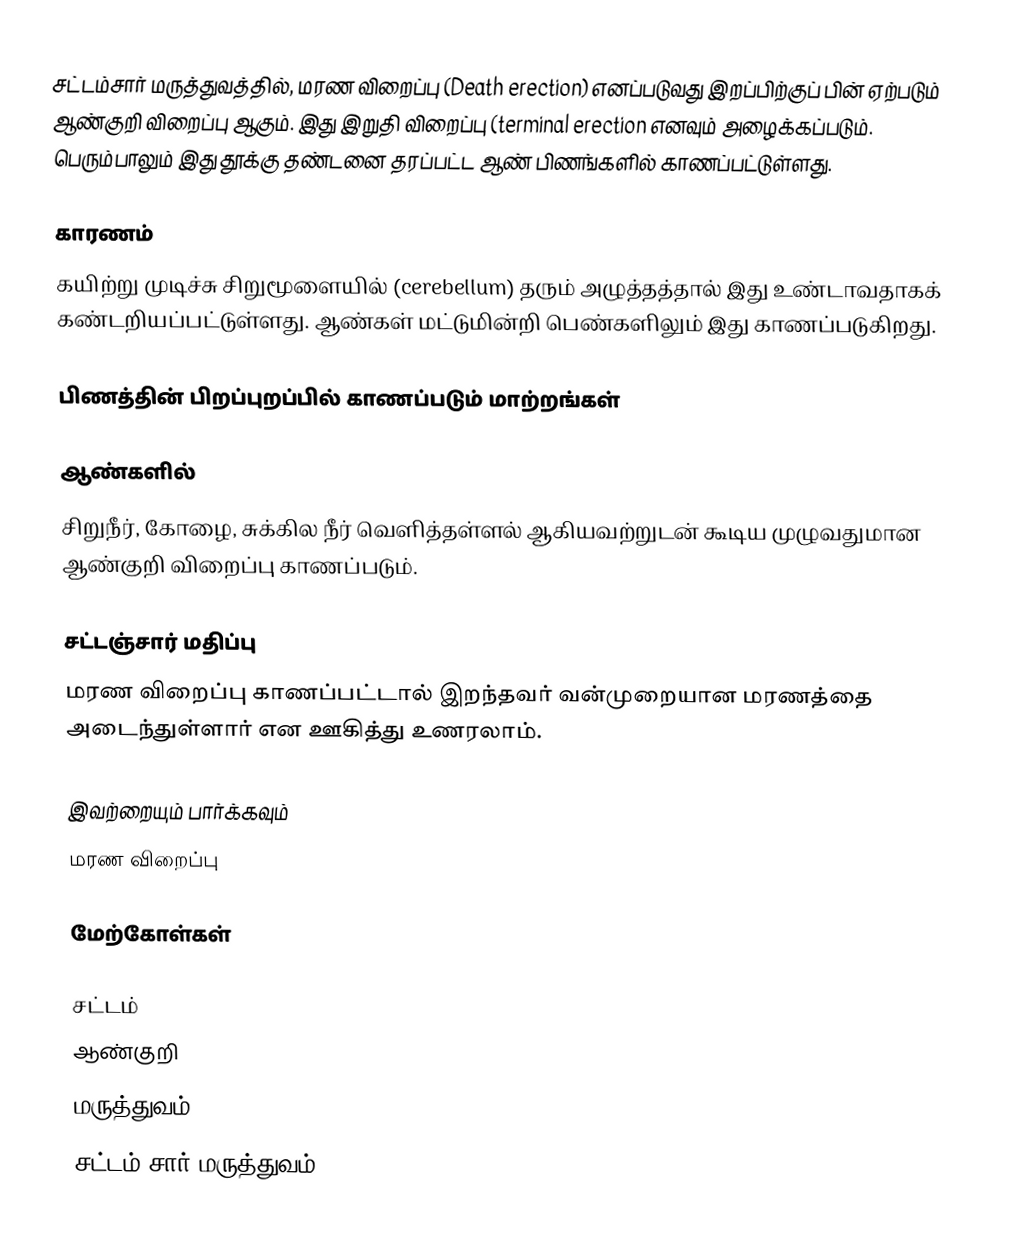
சட்டம்சார் மருத்துவத்தில், மரண விறைப்பு (Death erection) எனப்படுவது இறப்பிற்குப் பின் ஏற்படும் ஆண்குறி விறைப்பு ஆகும். இது இறுதி விறைப்பு (terminal erection எனவும் அழைக்கப்படும். பெரும்பாலும் இது தூக்கு தண்டனை தரப்பட்ட ஆண் பிணங்களில் காணப்பட்டுள்ளது.

காரணம்
கயிற்று முடிச்சு சிறுமூளையில் (cerebellum) தரும் அழுத்தத்தால் இது உண்டாவதாகக் கண்டறியப்பட்டுள்ளது. ஆண்கள் மட்டுமின்றி பெண்களிலும் இது காணப்படுகிறது.

பிணத்தின் பிறப்புறப்பில் காணப்படும் மாற்றங்கள்

ஆண்களில்
சிறுநீர், கோழை, சுக்கில நீர் வெளித்தள்ளல் ஆகியவற்றுடன் கூடிய முழுவதுமான ஆண்குறி விறைப்பு காணப்படும்.

சட்டஞ்சார் மதிப்பு
மரண விறைப்பு காணப்பட்டால் இறந்தவர் வன்முறையான மரணத்தை அடைந்துள்ளார் என ஊகித்து உணரலாம்.

இவற்றையும் பார்க்கவும்
மரண விறைப்பு

மேற்கோள்கள்

சட்டம்
ஆண்குறி
மருத்துவம்
சட்டம் சார் மருத்துவம்